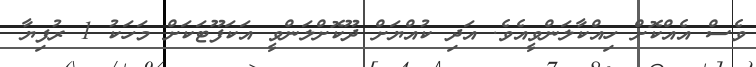
ވެސް އެއްކޮށް ހިއްކާލަންވީއެވެ. އަދި ކުއްޔަށް ދޫކޮށްލަންވީ އަކަފޫޓަކަށް މަހަކު 1 ރުފިޔާ